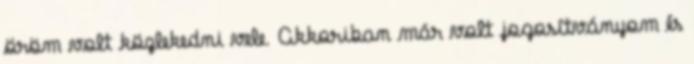
öröm volt közlekedni vele. Akkoriban már volt jogosítványom és